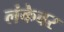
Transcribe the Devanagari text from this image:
लंकेवर